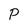
Character: P